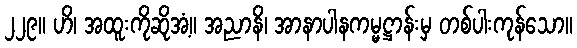
၂၂၉။ ဟိ၊ အထူးကိုဆိုအံ့။ အညာနိ၊ အာနာပါနကမ္မဋ္ဌာန်းမှ တစ်ပါးကုန်သော။